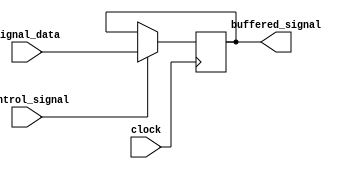
module LVCMOS_buffer (
    input signal_data,
    input clock,
    input control_signal,
    output reg buffered_signal
);

// LVCMOS buffer logic implementation
always @ (posedge clock) begin
    if (control_signal) begin
        buffered_signal <= signal_data;
    end
end

endmodule